Calcutta medical institutions reports 1871-78
Year: 1871
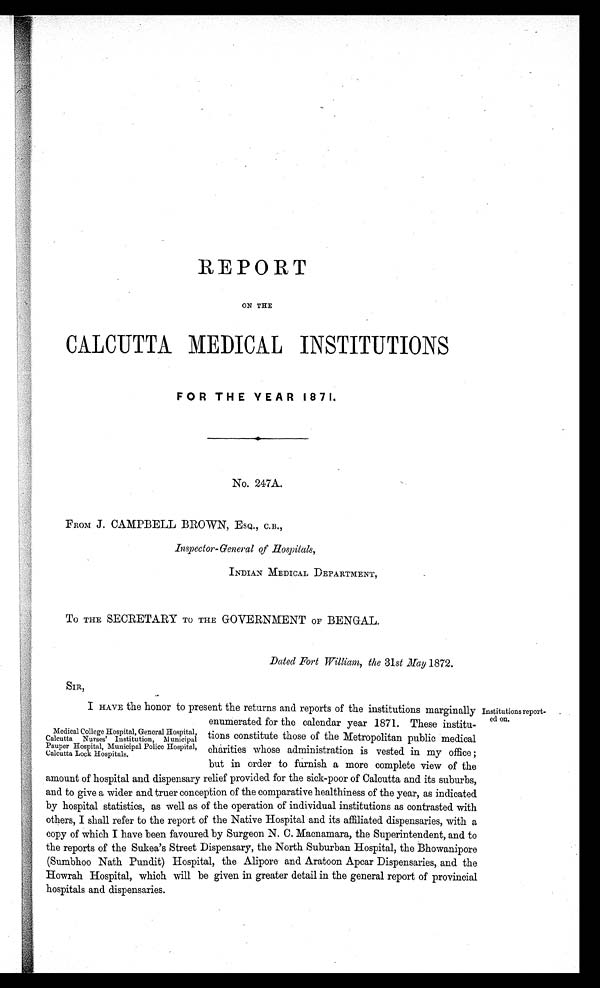
REPORT
ON THE
CALCUTTA MEDICAL INSTITUTIONS
FOR THE YEAR 1871.
No. 247A.
FROM J. CAMPBELL BROWN, ESQ., C.B.,
Inspector-General of Hospitals,
INDIAN MEDICAL DEPARTMENT,
To THE SECRETARY TO THE GOVERNMENT OF BENGAL.
Dated Fort William, the 31 st May 1872.
SIR,
I HAVE the honor to present the returns and reports of the institutions marginally
enumerated for the calendar year 1871. These institu-
Institutions report--
ed on.
Medical College Hospital, General Hospital,
Calcutta Nurses' Institution, Municipal
Pauper Hospital, Municipal Police Hospital,
Calcutta Lock Hospitals.
tions constitute those of the Metropolitan public medical
charities whose administration is vested in my office;
but in order to furnish a more complete view of the
amount of hospital and dispensary relief provided for the sick-poor of Calcutta and its suburbs,
and to give a wider and truer conception of the comparative healthiness of the year, as indicated
by hospital statistics, as well as of the operation of individual institutions as contrasted with
others, I shall refer to the report of the Native Hospital and its affiliated dispensaries, with a
copy of which I have been favoured by Surgeon N. C. Macnamara, the Superintendent, and to
the reports of the Sukea's Street Dispensary, the North Suburban Hospital, the Bhowanipore
(Sumbhoo Nath Pundit) Hospital, the Alipore and Aratoon Apcar Dispensaries, and the
Howrah Hospital, which will be given in greater detail in the general report of provincial
hospitals and dispensaries.